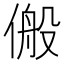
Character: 𬿆